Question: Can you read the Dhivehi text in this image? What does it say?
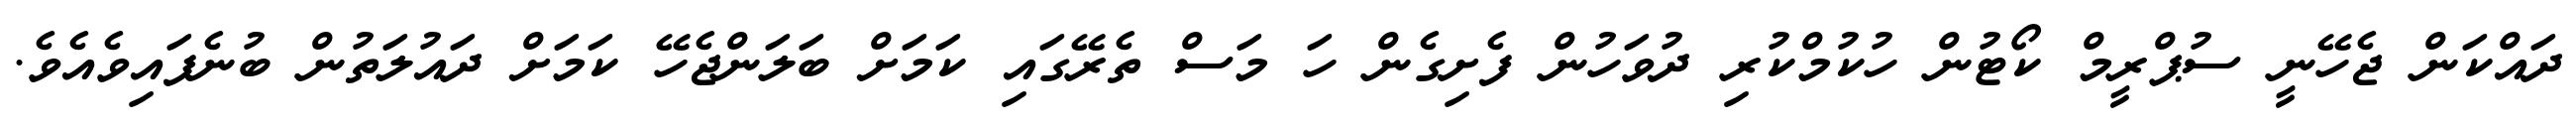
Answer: ދައްކަން ޖެހޭނީ ސުޕްރީމް ކޯޓުން ހުކުމްކުރި ދުވަހުން ފެށިގެން ހަ މަސް ތެރޭގައި ކަމަށް ބަލަންޖެހޭ ކަމަށް ދައުލަތުން ބުނެފައިވެއެވެ.